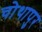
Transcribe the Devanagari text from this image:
चोथापुर